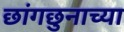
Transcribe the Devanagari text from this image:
छांगछुनाच्या